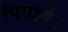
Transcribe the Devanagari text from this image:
चिराइये।